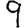
Digit: 9